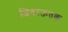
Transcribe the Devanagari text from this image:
जिगरऊतक